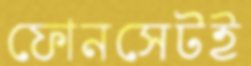
ফোনসেটই